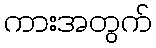
ကားအတွက်